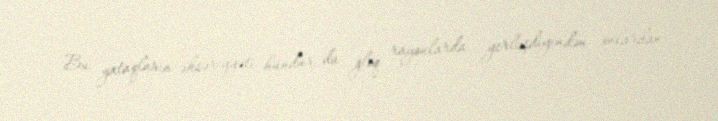
Bu yataqların əksəriyyəti hündür da ğlıq rayonlarda yerləşdiyindən onlardan